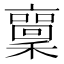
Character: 𱶫